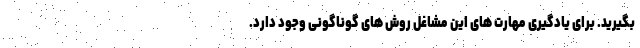
بگیرید. برای یادگیری مهارت های این مشاغل روش های گوناگونی وجود دارد.